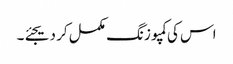
اس کی کمپوزنگ مکمل کر دیجئے۔